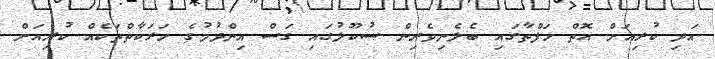
އަދި ކުރިއަށް އޮތް ހަފްތާގައި ބެލެނިވެރިން ސުކޫލުގައި ގަސް އިންދުމުގެ ހަރަކާތްތަކެއް ކުރިއަށް